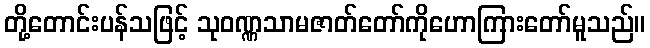
တို့တောင်းပန်သဖြင့် သုဝဏ္ဏသာမဇာတ်တော်ကိုဟောကြားတော်မူသည်။